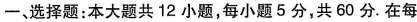
一、选择题：本大题共12小题，每小题5分，共60分.在每